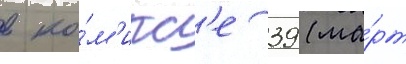
в ко́м'икс'е 39 (ма́рт